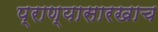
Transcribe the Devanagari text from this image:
प्राण्यासारखाच